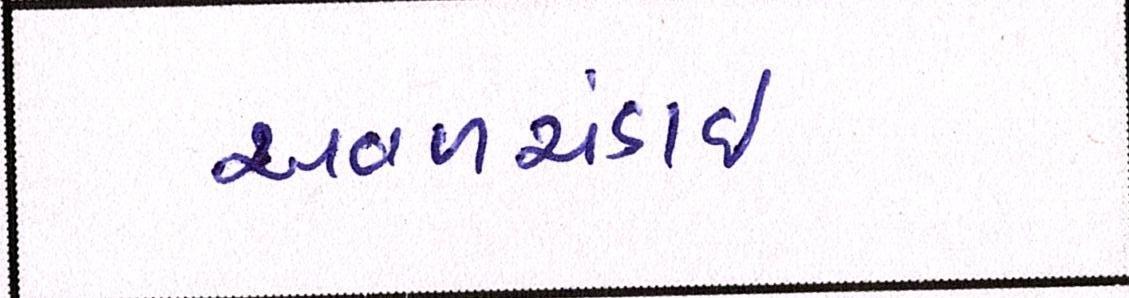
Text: અવળચંડાઇ